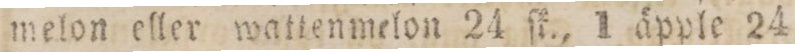
melon eller wattenmelon 24 ſk., 1 äpple 24